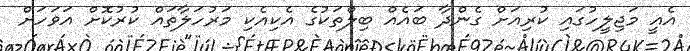
އެއީ މަޖިލީހުގައި ކުރިއަށް ގެންދާ ބައެއް ބިލްތަކުގެ އެކިއެކި މަރުހަލާތައް ކުރުކޮށް އަވަހަށް